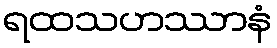
ရထသဟဿာနံ